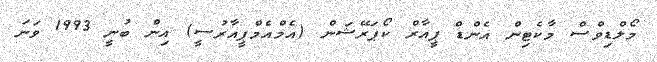
މޯލްޑިވްސް މާކެޓިން އެންޑް ޕީއާރް ކޯޕަރޭޝަން (އެމްއެމްޕީއާރުސީ) އިން ބުނީ 1993 ވަނަ